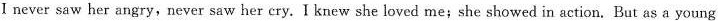
I never saw her angry,never saw her cry.I knew she loved me;she showed in action. But as a young